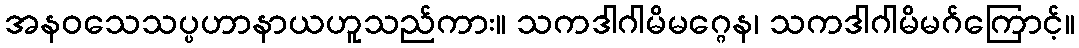
အနဝသေသပ္ပဟာနာယဟူသည်ကား။ သကဒါဂါမိမဂ္ဂေန၊ သကဒါဂါမိမဂ်ကြောင့်။